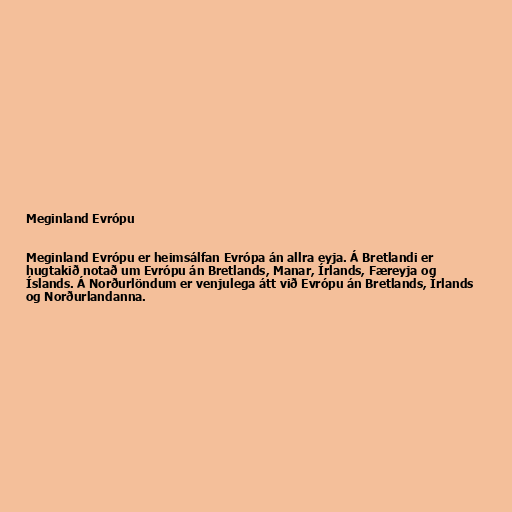
Meginland Evrópu

Meginland Evrópu er heimsálfan Evrópa án allra eyja. Á Bretlandi er
hugtakið notað um Evrópu án Bretlands, Manar, Írlands, Færeyja og
Íslands. Á Norðurlöndum er venjulega átt við Evrópu án Bretlands, Írlands
og Norðurlandanna.